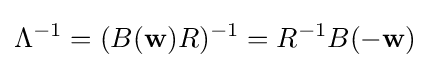
\Lambda ^{-1}=(B(\mathbf {w} )R)^{-1}=R^{-1}B(-\mathbf {w} )